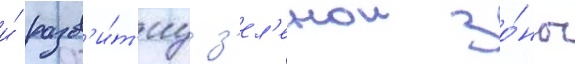
и́ разв'и́т'иу з'ел'енои зо́ны